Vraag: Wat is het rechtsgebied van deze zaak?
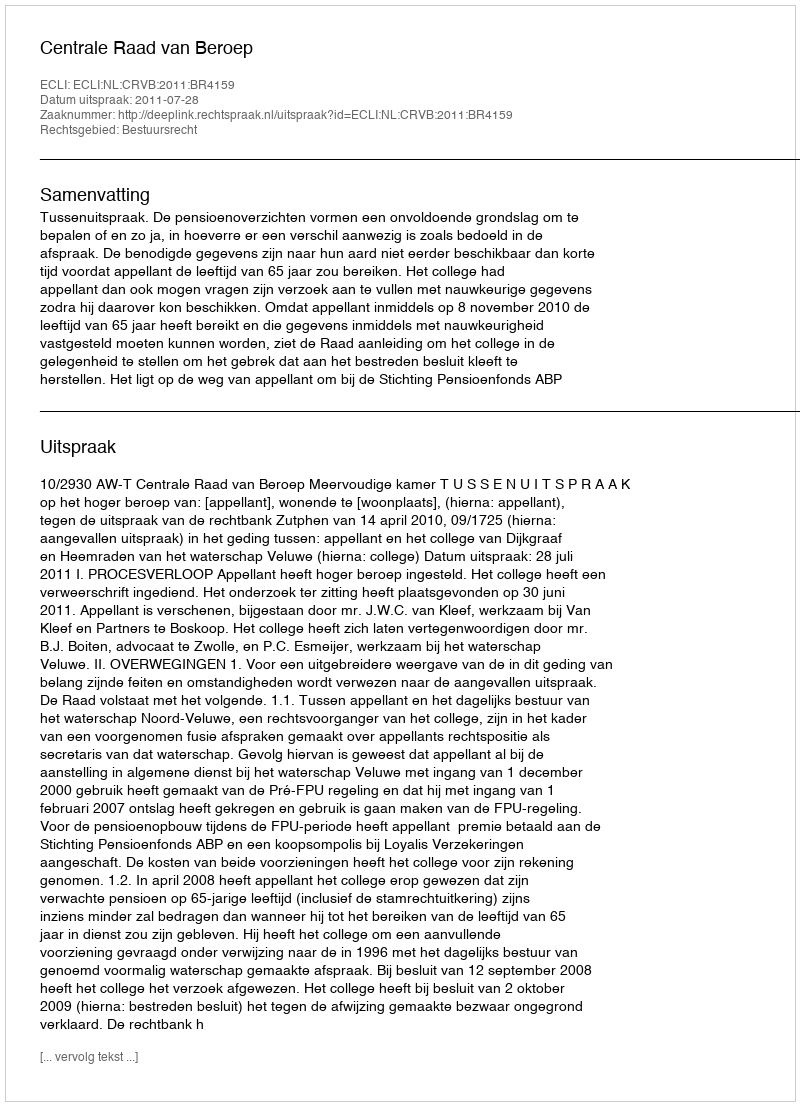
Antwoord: Bestuursrecht